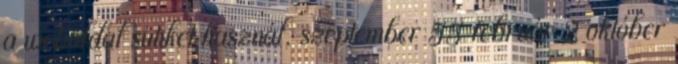
a weboldal sütiket használ. szeptember 55 február 2 október